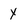
Character: Y